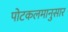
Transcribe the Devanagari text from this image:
पोटकलमानुसार